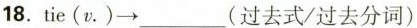
18.tie(v.)→ ___ (过去式/过去分词)